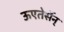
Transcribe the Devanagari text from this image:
ऊएतेर्सेन्